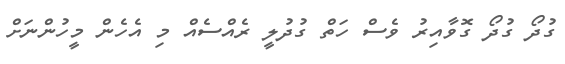
ގުދޯ ގުދޯ ގޮވާއިރު ވެސް ހަތް ގުދުލީ ރެއްސެއް މި އެހެން މީހުންނަށް